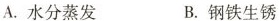
A. 水分蒸发 B. 钢铁生锈